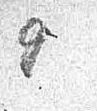
9